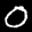
Label: 0